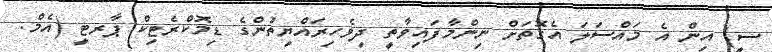
ސީ) އިން އެ މައްސަލަ އެގޮތަށް ނިންމާފައިވާތީ ދިވެހިރައްޔިތުންގެ ޑިމޮކްރެޓިކް ޕާރޓީ (އެމް.